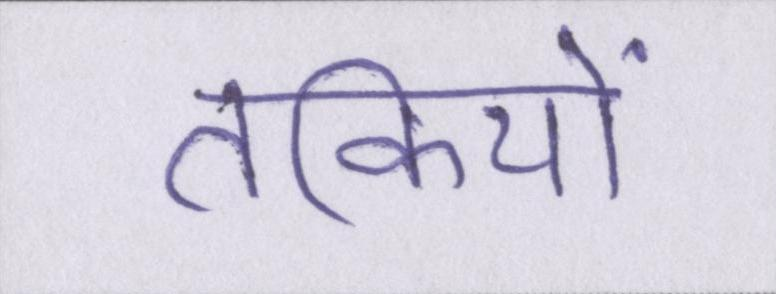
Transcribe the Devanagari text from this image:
तकियों